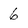
Character: 6